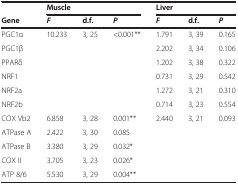
|  | <COLSPAN=3> Muscle | <COLSPAN=3> Liver |
 | Gene | F | d.f. | P | F | d.f. | P |
 | --- | --- | --- | --- | --- | --- | --- |
 | PGC1α | 10.233 | 3, 25 | <0.001** | 1.791 | 3, 39 | 0.165 |
 | PGC1β |  |  |  | 2.202 | 3, 34 | 0.106 |
 | PPARδ |  |  |  | 1.202 | 3, 38 | 0.322 |
 | NRF1 |  |  |  | 0.731 | 3, 29 | 0.542 |
 | NRF2a |  |  |  | 1.272 | 3, 21 | 0.310 |
 | NRF2b |  |  |  | 0.714 | 3, 23 | 0.554 |
 | COX Vb2 | 6.858 | 3, 28 | 0.001** | 2.440 | 3, 21 | 0.093 |
 | ATPase A | 2.422 | 3, 30 | 0.085 |  |  |  |
 | ATPase B | 3.380 | 3, 29 | 0.032* |  |  |  |
 | COX II | 3.705 | 3, 23 | 0.026* |  |  |  |
 | ATP 8/6 | 5.530 | 3, 29 | 0.004** |  |  |  |